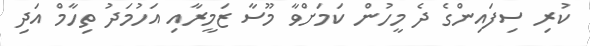
ކުރި ސިފައިންގެ ދެ މީހުން ކަމަށްވާ މޫސާ ޒަމީރާއި އަހުމަދު ތިހާމް އަދި